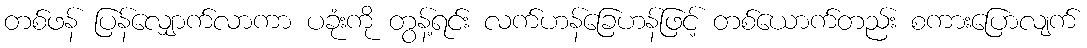
တစ်ဖန် ပြန်လျှောက်လာကာ ပခုံးကို တွန့်ရင်း လက်ဟန်ခြေဟန်ဖြင့် တစ်ယောက်တည်း စကားပြောလျက်